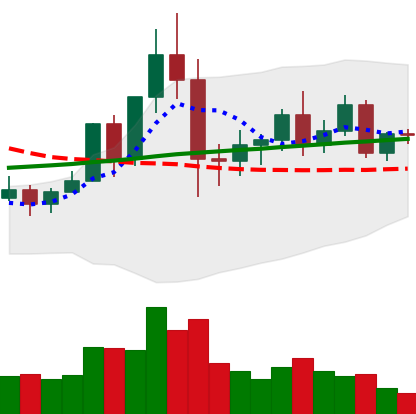
Ticker: NEO-USD
Chart end date: 2020-12-06
Forward return: -10.888%
Label: down_7plus